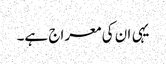
یہی ان کی معراج ہے۔